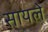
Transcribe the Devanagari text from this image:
सायले